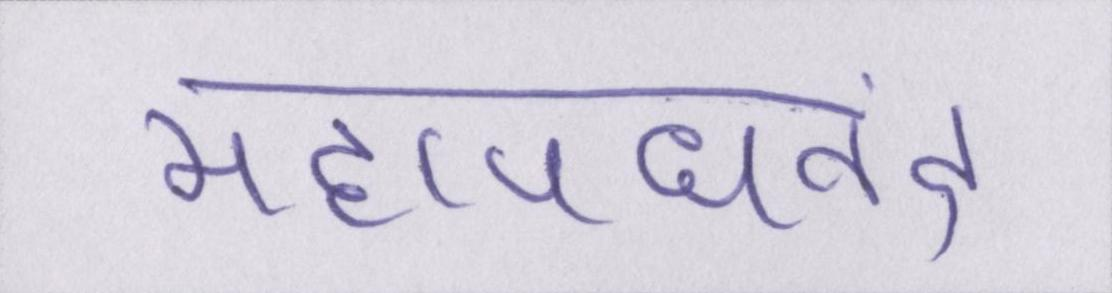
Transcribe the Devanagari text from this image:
महापद्यनंद